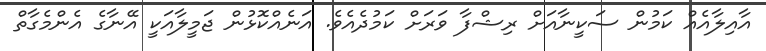
އާއިލާއެއް ކަމުން ސަކީނާއަށް ރިޝްފާ ވަރަަށް ކަމުދެއެވެ. އަނެއްކޮޅުން ޖަމީލާއަކީ އޭނާގެ އެންމެގާތް